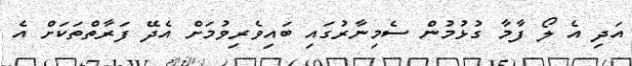
އަދި އެ ލޯ ފާމާ ގުޅުމުން ސެމިނާރުގައި ބައިވެރިވުމަށް އެދޭ ފަރާތްތަކަށް އެ